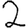
Digit: 2